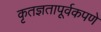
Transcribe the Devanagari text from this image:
कृतज्ञतापूर्वकपणे